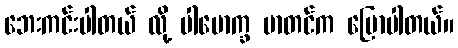
ဘေးကင်းပါတယ် လို့ ပါမောက္ခ မာတင်က ပြောပါတယ်။